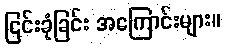
ငြင်းခုံခြင်း အကြောင်းများ။